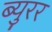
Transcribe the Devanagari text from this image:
ब्युरर